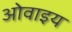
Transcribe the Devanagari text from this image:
ओवाइय